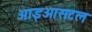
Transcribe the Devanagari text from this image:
आइओसटल